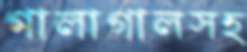
গালাগালসহ